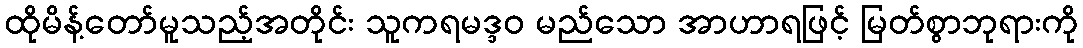
ထိုမိန့်တော်မူသည့်အတိုင်း သူကရမဒ္ဒဝ မည်သော အာဟာရဖြင့် မြတ်စွာဘုရားကို